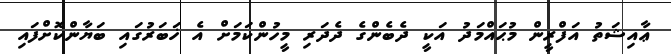
ޢާއިޝަތު އަފްރީން މުޙައްމަދު އަކީ ދެބެންގެ ދެދަރި މީހުންކަމަށް އެ ޚަބަރުގައި ބަޔާންކޮށްފައި